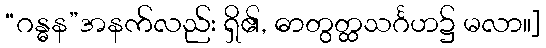
“ဂန္ဓန”အနက်လည်း ရှိ၏, ဓာတွတ္ထသင်္ဂဟ၌ မလာ။]